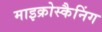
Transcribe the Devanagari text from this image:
माइक्रोस्कैनिंग